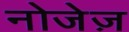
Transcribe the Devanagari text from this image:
नोजेज़